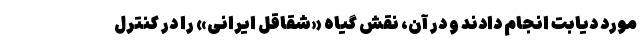
مورد دیابت انجام دادند و در آن، نقش گیاه «شقاقل ایرانی» را در کنترل